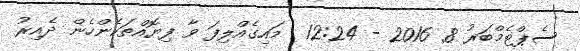
ސެޕްޓެމްބަރު 8